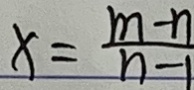
x = \frac { m - n } { n - 1 }